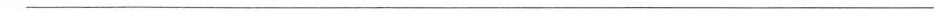
___